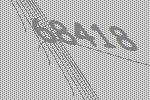
68418